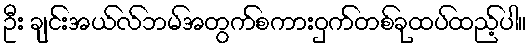
ဦး ချင်းအယ်လ်ဘမ်အတွက်စကားဝှက်တစ်ခုထပ်ထည့်ပါ။